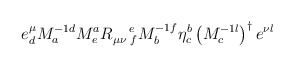
\begin{align*}e_{d}^{\mu }M_{a}^{-1d}M_{e}^{a}R_{\mu \nu \,\,f}^{\quad e}M_{b}^{-1f}\eta_{c}^{b}\left( M_{c}^{-1l}\right) ^{\dagger }e^{\nu l}\end{align*}